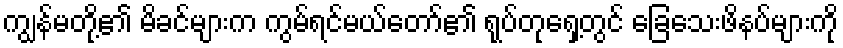
ကျွန်မတို့၏ မိခင်များက ကွမ်ရင်မယ်တော်၏ ရုပ်တုရှေ့တွင် ခြေသေးဖိနပ်များကို